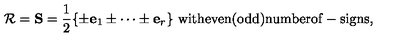
{ \cal R } = { \bf S } = { \frac { 1 } { 2 } } \{ \pm { \bf e } _ { 1 } \pm \cdots \pm { \bf e } _ { r } \} \ \mathrm { w i t h e v e n ( o d d ) n u m b e r o f } - \mathrm { s i g n s } ,